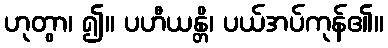
ဟုတွာ၊ ၍။ ပဟီယန္တိ၊ ပယ်အပ်ကုန်၏။